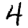
Digit: 4